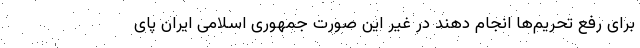
برای رفع تحریم‌ها انجام دهند در غیر این صورت جمهوری اسلامی ایران پای